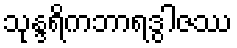
သုန္ဒရိကဘာရဒွါဇဿ